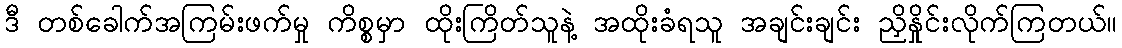
ဒီ တစ်ခေါက်အကြမ်းဖက်မှု ကိစ္စမှာ ထိုးကြိတ်သူနဲ့ အထိုးခံရသူ အချင်းချင်း ညှိနှိုင်းလိုက်ကြတယ်။